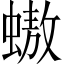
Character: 𧑃